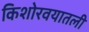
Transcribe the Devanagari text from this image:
किशोरवयातली